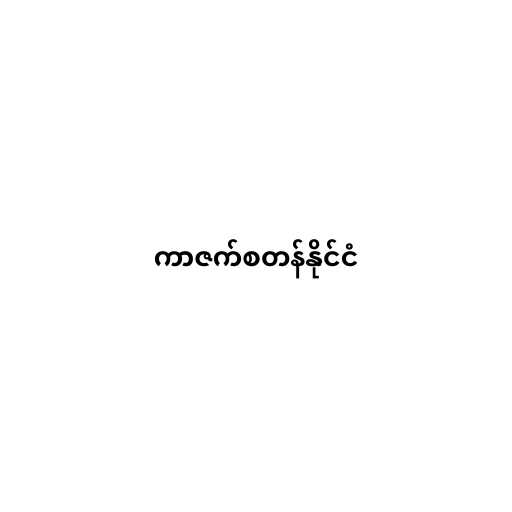
ကာဇက်စတန်နိုင်ငံ